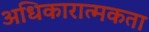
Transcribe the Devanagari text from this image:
अधिकारात्मकता